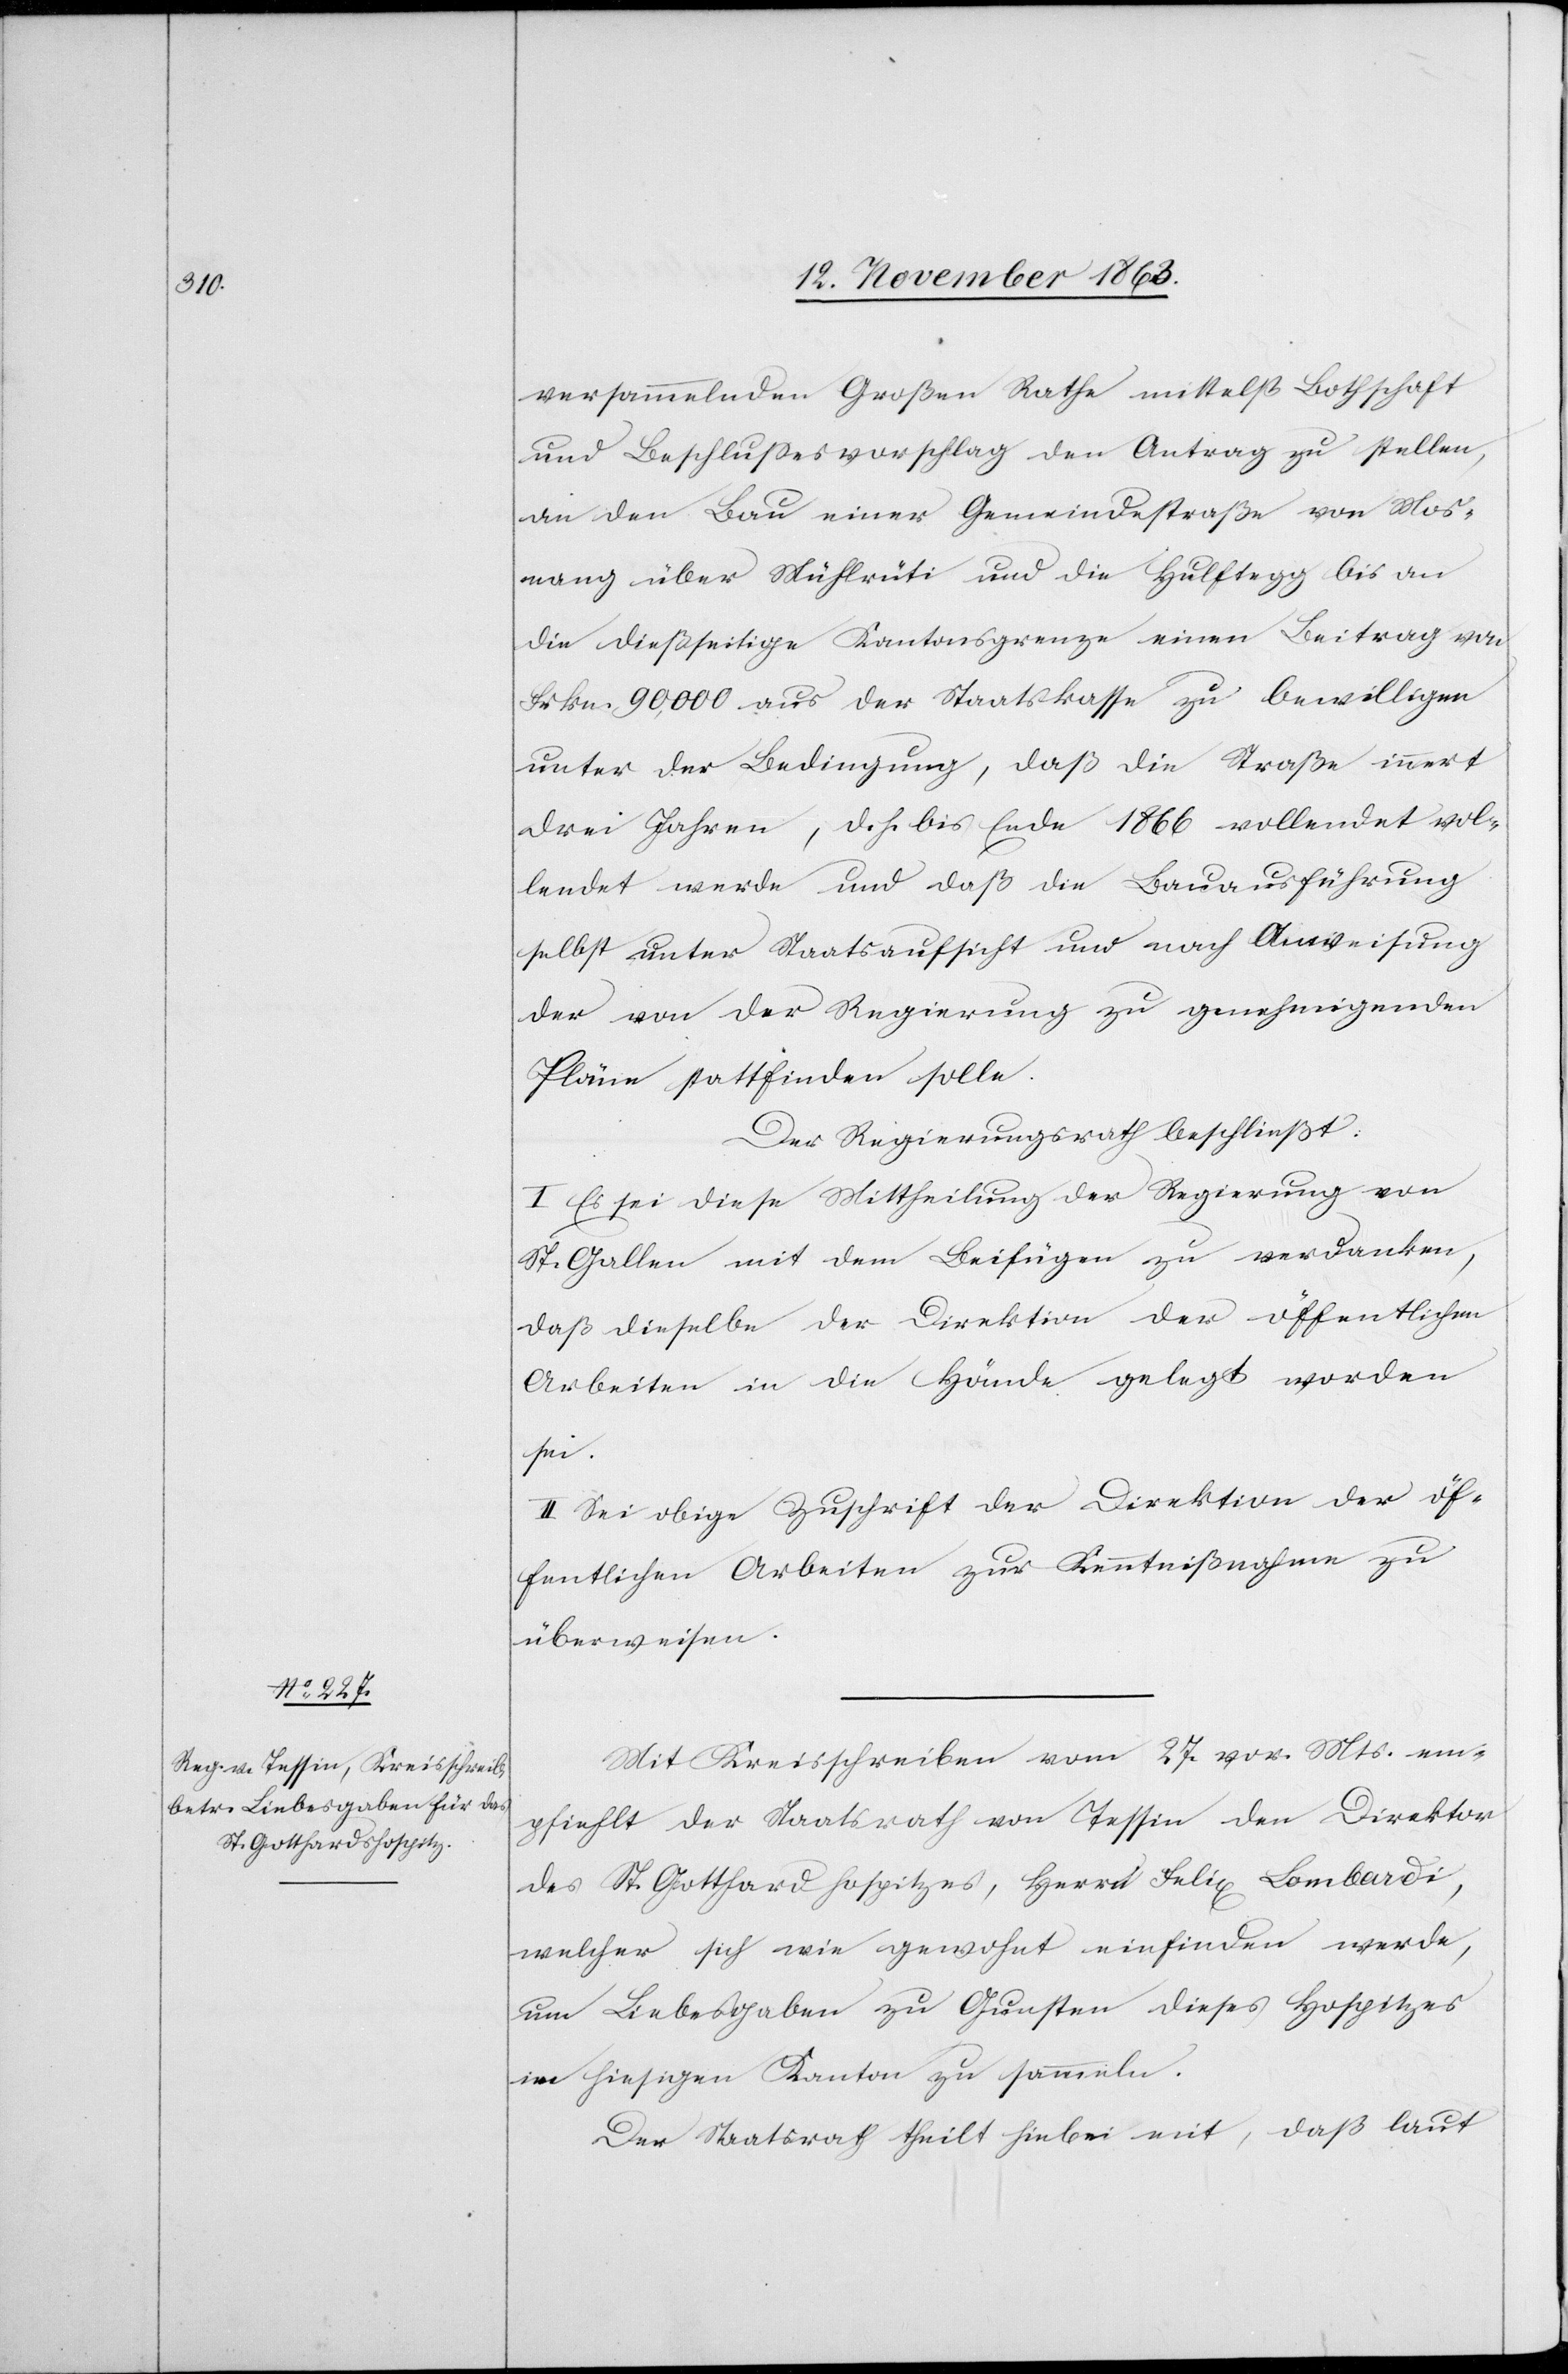
versammelnden Großen Rathe mittelst Bothschaft
und Beschlussesvorschlag den Antrag zu stellen,
an den Bau einer Gemeindestraße von Mos¬
nang über Mühlrüti und die Hulftegg bis an
die dießseitige Kantonsgrenze einen Beitrag von
Frkn. 90,000 aus der Staatskasse zu bewilligen
unter der Bedingung, daß die Straße innert
drei Jahren, d. h. bis Ende 1866 vollendet vol¬
lendet [sic!] werde und daß die Bauausführung
selbst unter Staatsaufsicht und nach Anweisung
der von der Regierung zu genehmigenden
Pläne stattfinden solle.
Der Regierungsrath beschließt:
I. Es sei diese Mittheilung der Regierung von
St. Gallen mit dem Beifügen zu verdanken,
daß dieselbe der Direktion der öffentlichen
Arbeiten in die Hände gelegt worden
sei.
II. Sei obige Zuschrift der Direktion der öf¬
fentlichen Arbeiten zur Kenntnißnahme zu
überweisen.
Mit Kreisschreiben vom 27. vor. Mts. em¬
pfiehlt der Staatsrath von Tessin den Direktor
des St. Gotthardhospitzes, Herrn Felix Lombardi,
welcher sich wie gewohnt einfinden werde,
um Liebesgaben zu Gunsten dieses Hospitzes
im hiesigen Kanton zu sammeln.
Der Staatsrath theilt hiebei mit, daß laut